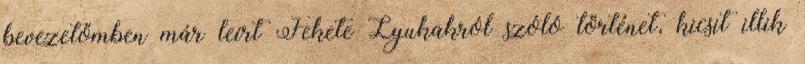
bevezetőmben már leírt Fekete Lyukakról szóló történet, kicsit illik